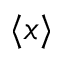
\langle x \rangle